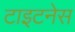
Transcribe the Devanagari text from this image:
टाइटनेस